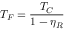
\displaystyle T _ { F } = \frac { T _ { C } } { 1 - \eta _ { R } }